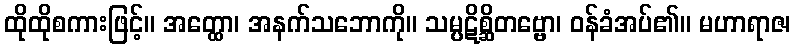
ထိုထိုစကားဖြင့်။ အတ္ထော၊ အနက်သဘောကို။ သမ္ပဋိစ္ဆိတဗ္ဗော၊ ဝန်ခံအပ်၏။ မဟာရာဇ၊